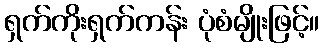
ရှက်ကိုးရှက်ကန်း ပုံစံမျိုးဖြင့်။